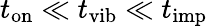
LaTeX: t_{\mathrm{on}}\ll t_{\mathrm{vib}}\ll t_{\mathrm{imp}}